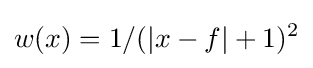
w(x)=1/(|x-f|+1)^{2}